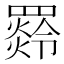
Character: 𦌣